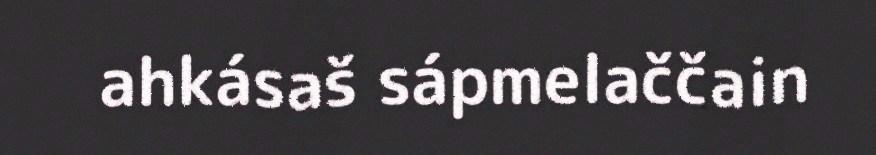
ahkásaš sápmelaččain